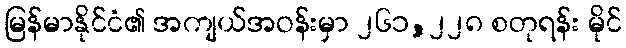
မြန်မာနိုင်ငံ၏ အကျယ်အဝန်းမှာ ၂၆၁,၂၂၈ စတုရန်း မိုင်